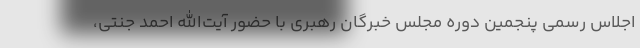
اجلاس رسمی پنجمین دوره مجلس خبرگان رهبری با حضور آیت‌الله احمد جنتی،